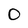
Character: 0